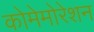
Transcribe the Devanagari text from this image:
कोमेमोरेशन